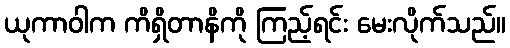
ယုကာဝါက ကိရှိတာနိကို ကြည့်ရင်း မေးလိုက်သည်။